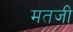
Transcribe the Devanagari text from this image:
मतजी